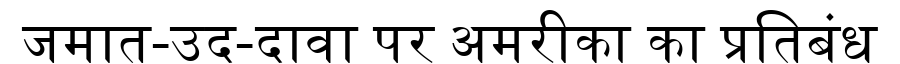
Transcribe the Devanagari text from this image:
जमात-उद-दावा पर अमरीका का प्रतिबंध